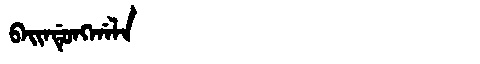
Manchu: ᠪᠠᡳᠨᡩᡠᠩᡤᠠᠯᠠ
Romanization: BAINDUNGGALA